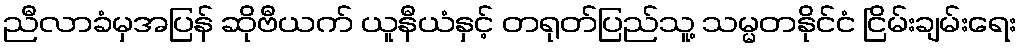
ညီလာခံမှအပြန် ဆိုဗီယက် ယူနီယံနှင့် တရုတ်ပြည်သူ့ သမ္မတနိုင်ငံ ငြိမ်းချမ်းရေး